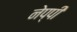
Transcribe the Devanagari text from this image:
नेप्पी